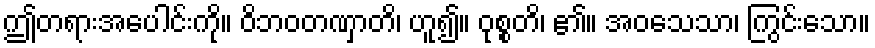
ဤတရားအပေါင်းကို။ ဝိဘဝတဏှာတိ၊ ဟူ၍။ ဝုစ္စတိ၊ ၏။ အဝသေသာ၊ ကြွင်းသော။